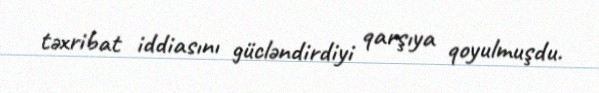
təxribat iddiasını gücləndirdiyi qarşıya qoyulmuşdu.